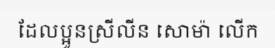
ដែលប្អូនស្រីលីន សោម៉ា លើក